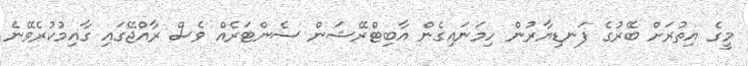
މީގެ އިތުރަށް ބޭރުގެ ފަނޑިޔާރުން ހިމަނައިގެން އާބިޓްރޭޝަން ސެންޓަރެއް ވެސް ރާއްޖޭގައި ގާއިމުކުރެވޭނެ